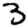
Digit: 3